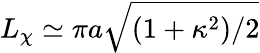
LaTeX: L_{\chi}\simeq\pi a\sqrt{(1+\kappa^{2})/2}